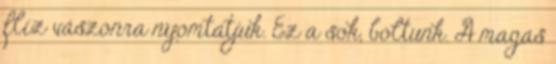
flíz vászonra nyomtatjuk. Ez a sok, boltunk. A magas